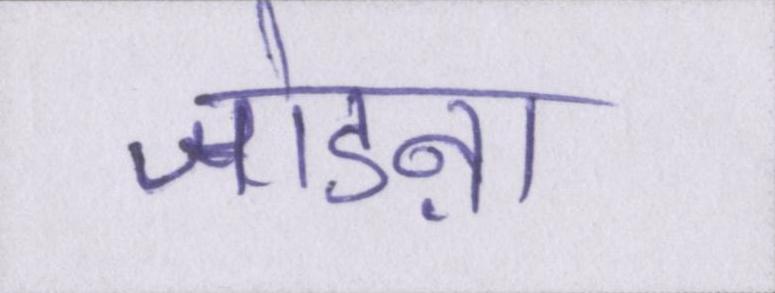
जोडऩा